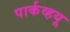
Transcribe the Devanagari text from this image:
पार्कव्हयू